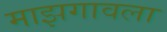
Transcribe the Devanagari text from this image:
माझगावला